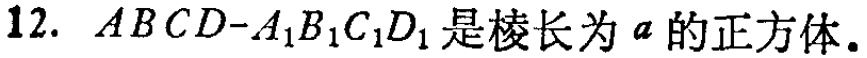
12. \(ABCD - A_{1}B_{1}C_{1}D_{1}\)是棱长为\(a\)的正方体。